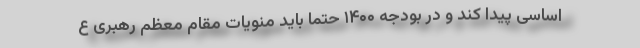
اساسی پیدا کند و در بودجه ۱۴۰۰ حتما باید منویات مقام معظم رهبری ع